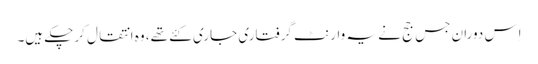
اِس دوران جس جج نے یہ وارنٹ گرفتاری جاری کئے تھے، وہ انتقال کرچکے ہیں۔